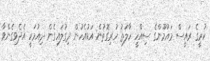
ކުރީގެ ރައީސް މައުމޫންގެ ސިއްހީ ހާލަތު ހުރިގޮތުން އަޑުއެހުން ދިގުލައިގެން ދިއުމަކީ އެދެވިގެންވާ